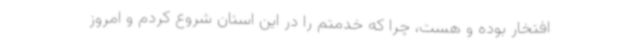
افتخار بوده و هست، چرا که خدمتم را در این استان شروع کردم و امروز